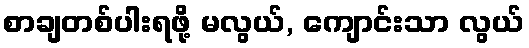
စာချတစ်ပါးရဖို့ မလွယ်, ကျောင်းသာ လွယ်